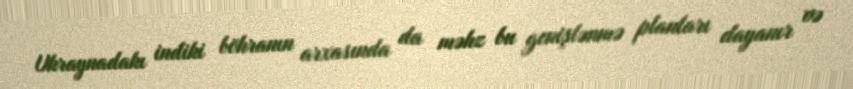
Ukraynadakı indiki böhranın arxasında da məhz bu genişlənmə planları dayanır və